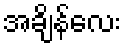
အချိန်လေး